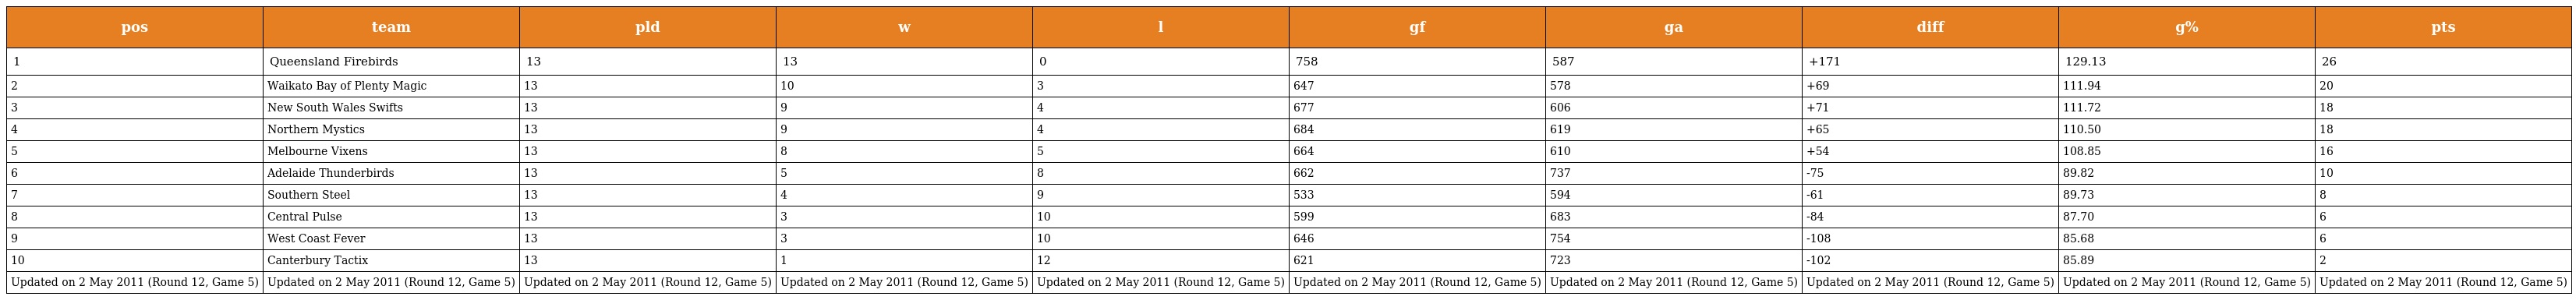
| pos | team | pld | w | l | gf | ga | diff | g% | pts |
 | --- | --- | --- | --- | --- | --- | --- | --- | --- | --- |
 | 1 | Queensland Firebirds | 13 | 13 | 0 | 758 | 587 | +171 | 129.13 | 26 |
 | 2 | Waikato Bay of Plenty Magic | 13 | 10 | 3 | 647 | 578 | +69 | 111.94 | 20 |
 | 3 | New South Wales Swifts | 13 | 9 | 4 | 677 | 606 | +71 | 111.72 | 18 |
 | 4 | Northern Mystics | 13 | 9 | 4 | 684 | 619 | +65 | 110.50 | 18 |
 | 5 | Melbourne Vixens | 13 | 8 | 5 | 664 | 610 | +54 | 108.85 | 16 |
 | 6 | Adelaide Thunderbirds | 13 | 5 | 8 | 662 | 737 | -75 | 89.82 | 10 |
 | 7 | Southern Steel | 13 | 4 | 9 | 533 | 594 | -61 | 89.73 | 8 |
 | 8 | Central Pulse | 13 | 3 | 10 | 599 | 683 | -84 | 87.70 | 6 |
 | 9 | West Coast Fever | 13 | 3 | 10 | 646 | 754 | -108 | 85.68 | 6 |
 | 10 | Canterbury Tactix | 13 | 1 | 12 | 621 | 723 | -102 | 85.89 | 2 |
 | Updated on 2 May 2011 (Round 12, Game 5) | Updated on 2 May 2011 (Round 12, Game 5) | Updated on 2 May 2011 (Round 12, Game 5) | Updated on 2 May 2011 (Round 12, Game 5) | Updated on 2 May 2011 (Round 12, Game 5) | Updated on 2 May 2011 (Round 12, Game 5) | Updated on 2 May 2011 (Round 12, Game 5) | Updated on 2 May 2011 (Round 12, Game 5) | Updated on 2 May 2011 (Round 12, Game 5) | Updated on 2 May 2011 (Round 12, Game 5) |